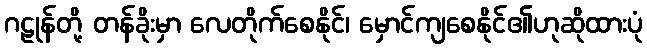
ဂဠုန်တို့ တန်ခိုးမှာ လေတိုက်စေနိုင်၊ မှောင်ကျစေနိုင်၏ဟုဆိုထားပုံ